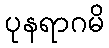
ပုနရာဂမိ